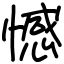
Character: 憾